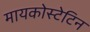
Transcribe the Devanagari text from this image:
मायकोस्टेटिन